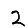
Digit: 2